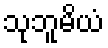
သုဘူမိယံ